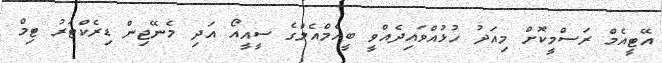
އޭޓީއެމް ރަސްމީކޮށް މިއަދު ހުޅުއްވައިދެއްވީ ބީއެމްއެލްގެ ސީއީއޯ އަދި މެނޭޖިން ޑިރެކްޓަރު ޓިމް